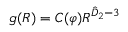
g ( R ) = C ( \varphi ) R ^ { \hat { D } _ { 2 } - { 3 } }